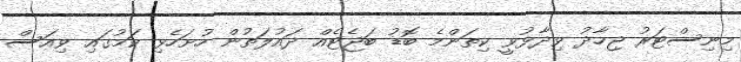
މިނިސްޓަރު ޖިހާދު ވިދާޅުވީ ކިތަންމެ ބޮޑު ބަޖެޓެއް ދައުލަތުން ހުށަހެޅި ކަމުގައި ވިއަސް